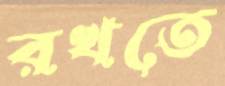
রখতে